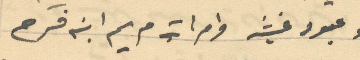
وعبود غيث وامراته مريم ابنه فرح